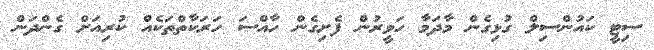
ސިޓީ ކައުންސިލް ގުޅިގެން މާދަމާ ހަވީރުން ފެށިގެން ހާއްސަ ހަރަކާތްތަކެއް ކުރިއަށް ގެންދަން